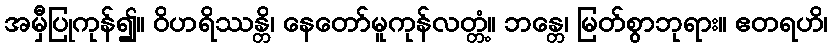
အမှီပြုကုန်၍။ ဝိဟရိဿန္တိ၊ နေတော်မူကုန်လတ္တံ့။ ဘန္တေ၊ မြတ်စွာဘုရား။ ဧတရဟိ၊